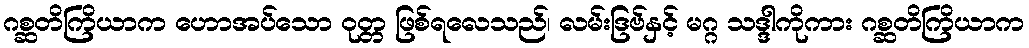
ဂစ္ဆတိကြိယာက ဟောအပ်သော ဝုတ္တ ဖြစ်ရလေသည်၊ လမ်းဒြဗ်နှင့် မဂ္ဂ သဒ္ဒါကိုကား ဂစ္ဆတိကြိယာက